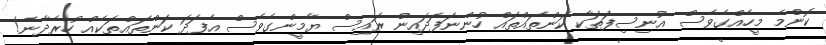
ކޮންމެ މީހެއްގެވެސް އުނިސިފަތަކާ ކަންތައްތައް ހުންނަފަދައިން ރައިސް ޔާމީންގެވެސް އެފަދަ ކަންތައްތަކެއް ހުރެދާނެ!